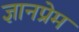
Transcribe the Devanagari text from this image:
ज्ञानप्रेम